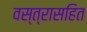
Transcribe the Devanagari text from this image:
वस्त्रासहित